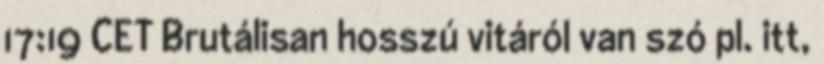
17:19 CET Brutálisan hosszú vitáról van szó pl. itt,